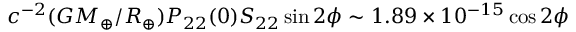
c ^ { - 2 } ( G M _ { \oplus } / R _ { \oplus } ) P _ { 2 2 } ( 0 ) S _ { 2 2 } \sin 2 \phi \sim 1 . 8 9 \times 1 0 ^ { - 1 5 } \cos 2 \phi